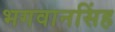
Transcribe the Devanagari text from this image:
भगवानसिंह